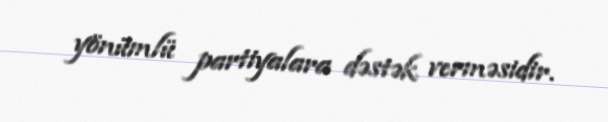
yönümlü partiyalara dəstək verməsidir.